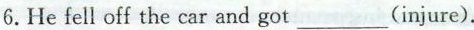
6.He fell off the car and got ___(injure).